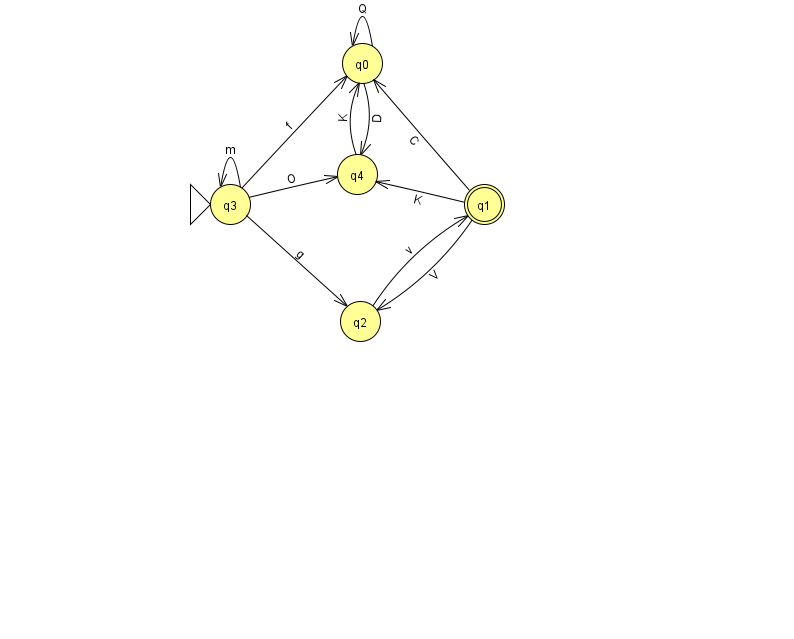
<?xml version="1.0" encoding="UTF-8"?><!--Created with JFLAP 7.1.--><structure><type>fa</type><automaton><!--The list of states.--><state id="0" name="q0"><x>362.0</x><y>50.0</y></state><state id="1" name="q1"><x>484.0</x><y>191.0</y><final/></state><state id="2" name="q2"><x>360.0</x><y>308.0</y></state><state id="3" name="q3"><x>230.0</x><y>191.0</y><initial/></state><state id="4" name="q4"><x>357.0</x><y>161.0</y></state><!--The list of transitions.--><transition><from>1</from><to>4</to><read>K</read></transition><transition><from>3</from><to>0</to><read>f</read></transition><transition><from>0</from><to>0</to><read>Q</read></transition><transition><from>0</from><to>4</to><read>D</read></transition><transition><from>1</from><to>2</to><read>V</read></transition><transition><from>2</from><to>1</to><read>v</read></transition><transition><from>3</from><to>2</to><read>g</read></transition><transition><from>3</from><to>4</to><read>O</read></transition><transition><from>1</from><to>0</to><read>C</read></transition><transition><from>3</from><to>3</to><read>m</read></transition><transition><from>4</from><to>0</to><read>K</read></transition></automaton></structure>